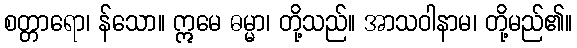
စတ္တာရော၊ န်သော။ ဣမေ ဓမ္မာ၊ တို့သည်။ အာသဝါနာမ၊ တို့မည်၏။